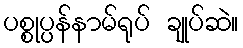
ပစ္စုပ္ပန်နာမ်ရုပ် ချုပ်ဆဲ။